Parnu-Viljandi_kinnistusamet, lk 191
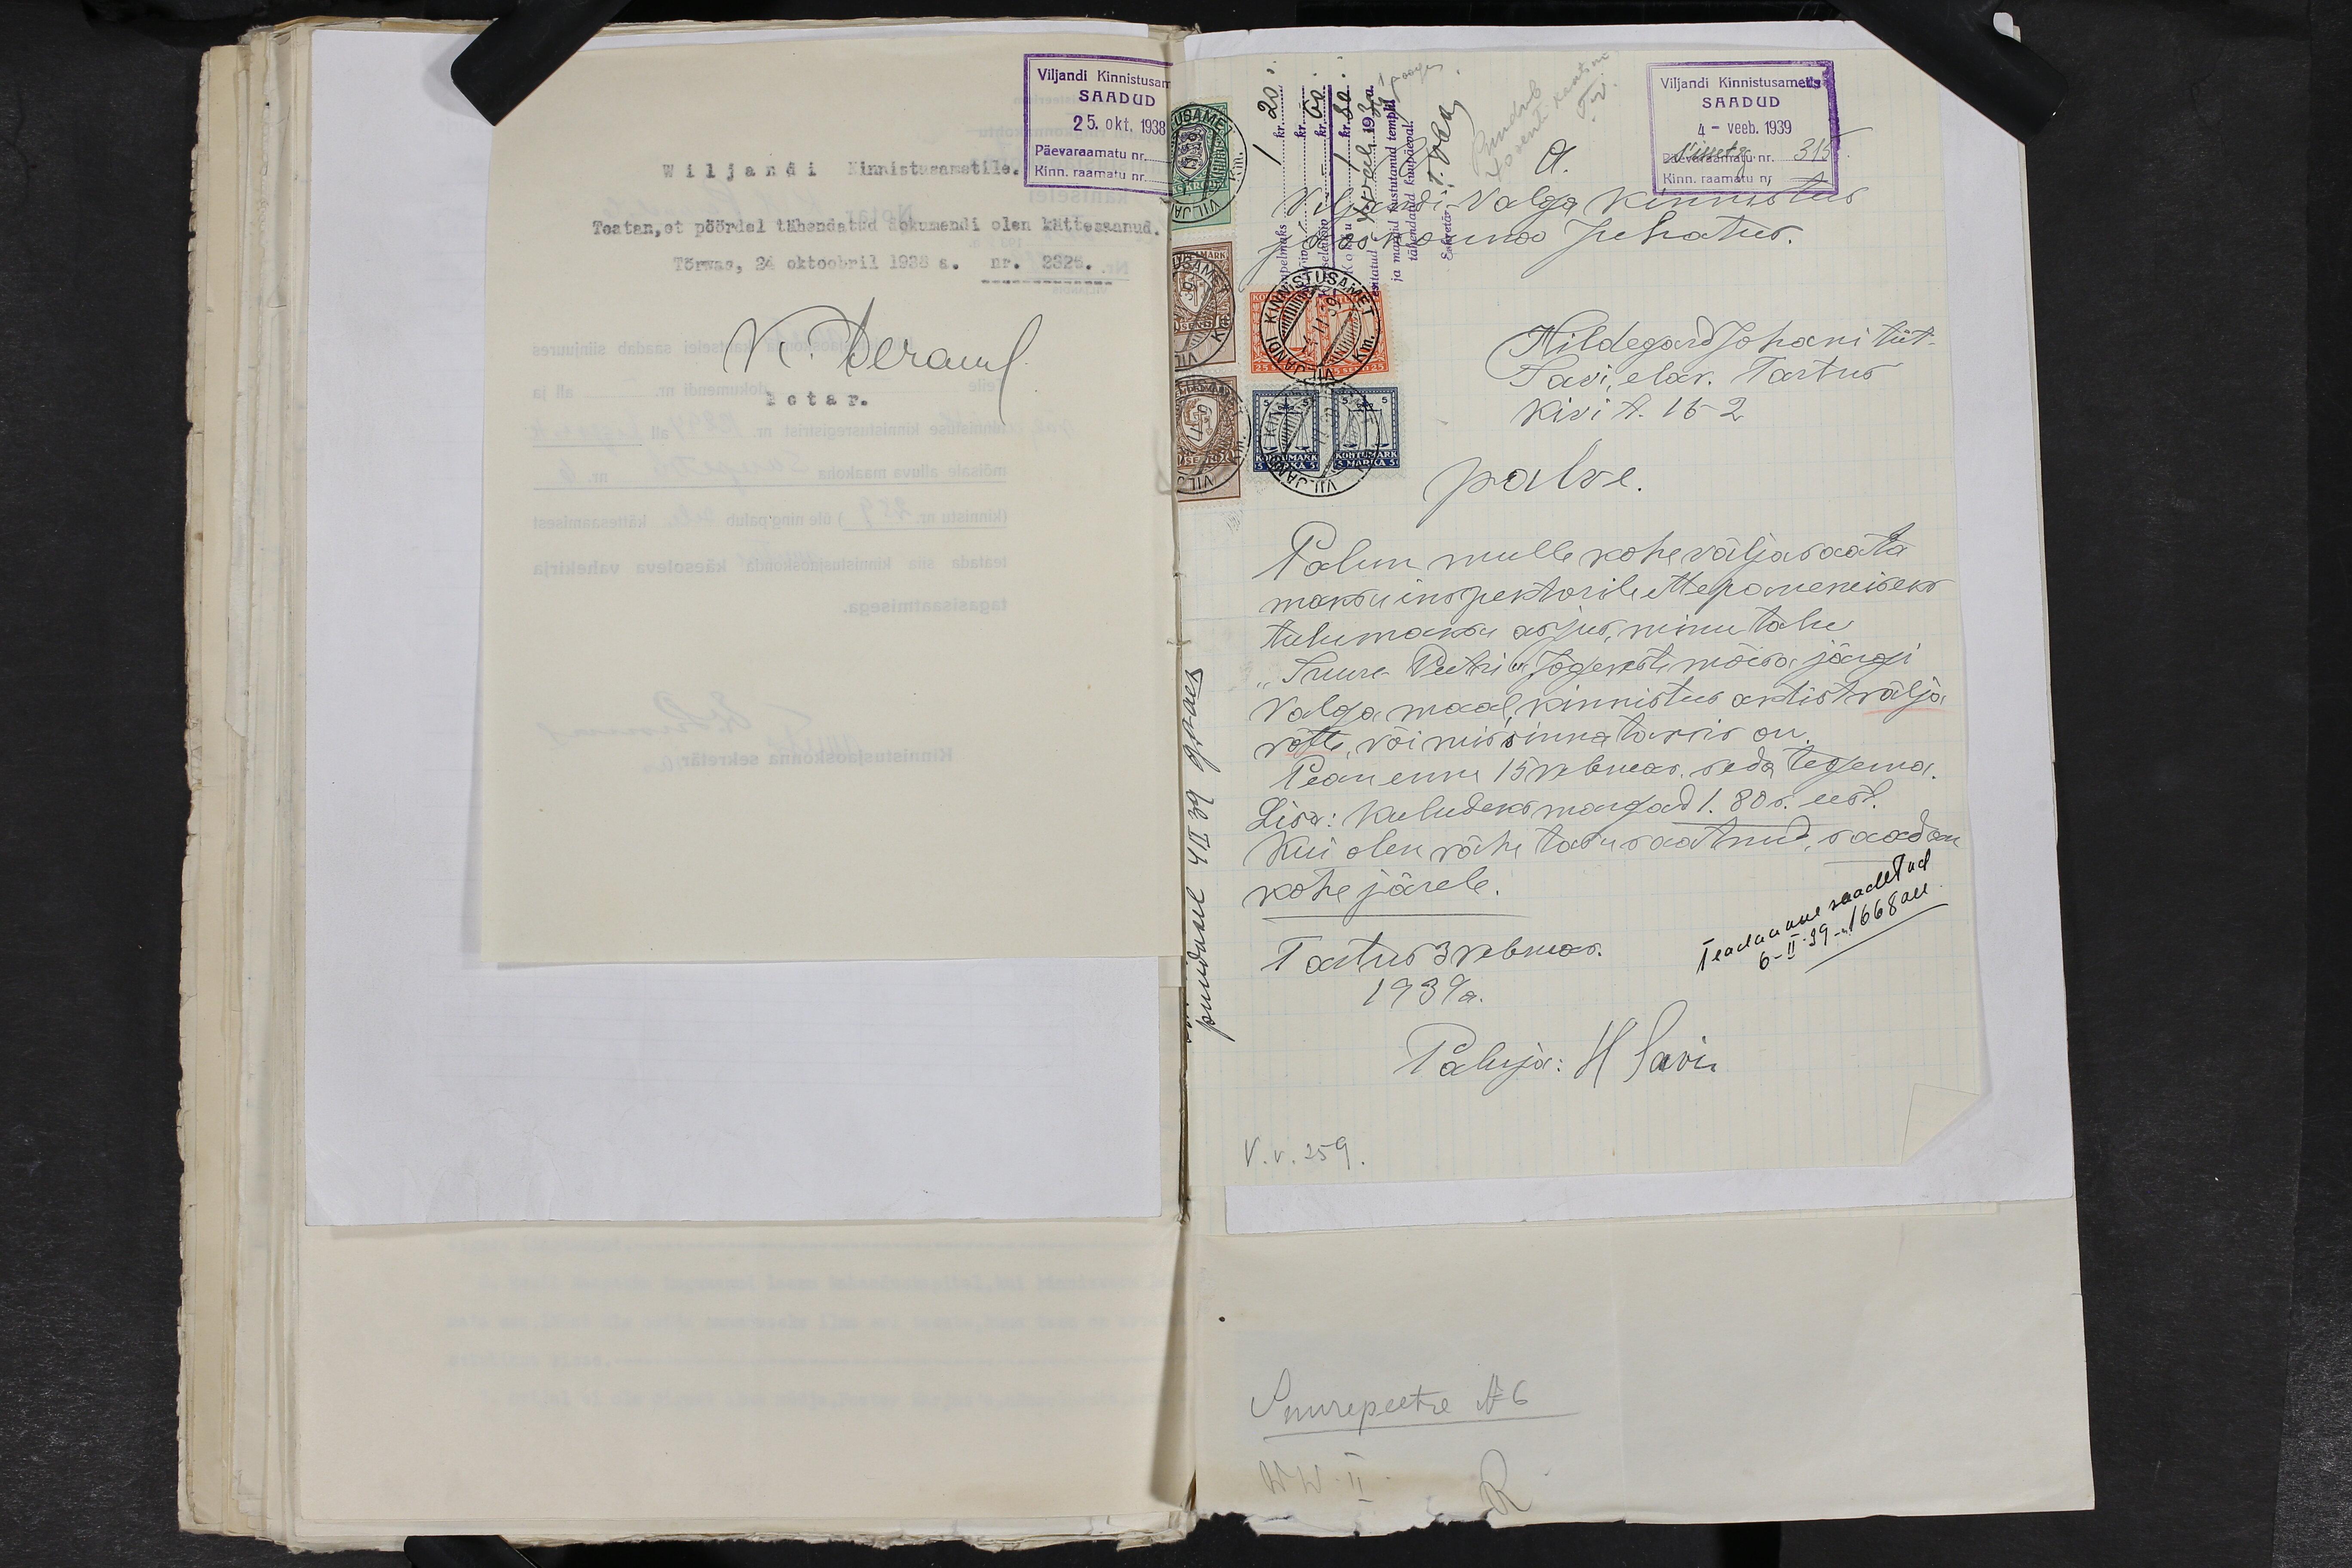
Viljandi Kinnistusam
SAADUD
25. okt. 1938
Päevaraamatu nr.
Kinn. raamatu nr.
Wiljandi Kinnistusametile.
Teatan, et pöördel tähendatud dokumendi olen kättesaanud.
Tõrwas, 24 oktoobril 1938 a. nr. 2325.
K. Perand
Notar.

Viljandi Kinnistusametis
SAADUD
4 - veeb. 1939
Päevaraamatu nr 315
Kinn. raamatu nr.
V.A.
Viljandi- Valga Kinnistus
jaoskonna Juhatus.
Hildegard Johani tüt.
Savi, elav. Tartus
Kivi t. 16-2
palve.
Palun mulle kohe väljasaata
maksuinspektorile ettepanemiseks
tulumaksu asjus, minu talu
"Suure-Peetri" Jõgeveste mõisa järgi
Valgamaal, kinnistus aktist välja
võtte, või mis sinna tarvis on.
Pean enne 15 vebruar seda tegema.
Lisa: Kuludeks margad 1.80 s. eest.
Kui olen vähe tasu saatnud, saadan
kohe järele.
Teadaanne saadetud
6-II-39- 1668 all.
Tartus 3 vebruar.
1939 a.
Paluja: H Savi
V.v. 259.